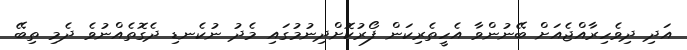
އަދި ދިވެހިރާއްޖެއަށް ބޭނުންވާ އެހީތެރިކަން ފޯރުކޮށްދިނުމުގައި މެދު ނުކެނޑި ދެގޮތެއްނުވެ ދެމި ތިބޭ